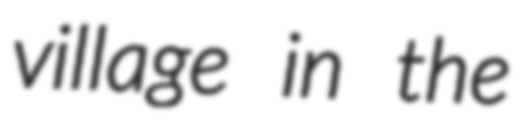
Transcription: village in the